Enquiry on enteric fever in India - Number 32
Disease focus: Fever
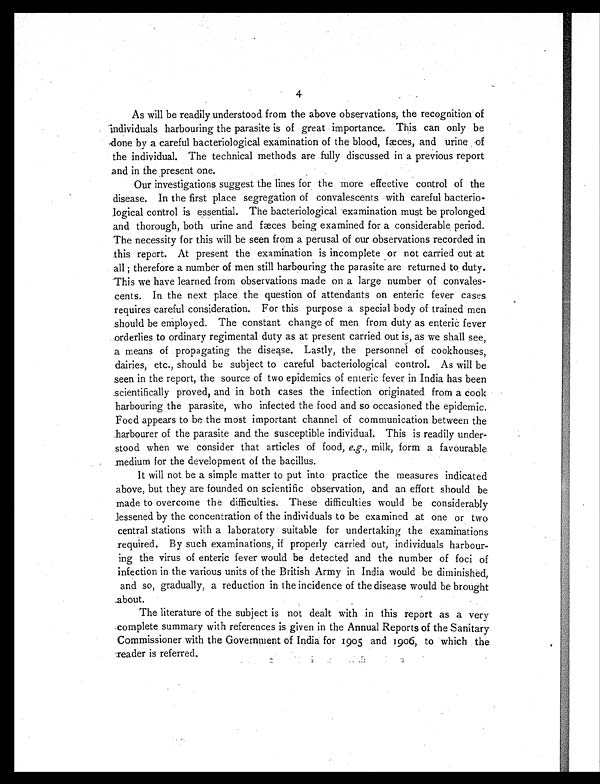
4
As will be readily understood from the above observations, the recognition of
individuals harbouring the parasite is of great importance. This can only be
done by a careful bacteriological examination of the blood, fæces, and urine of
the individual. The technical methods are fully discussed in a previous report
and in the present one.
Our investigations suggest the lines for the more effective control of the
disease. In the first place segregation of convalescents with careful bacterio-
logical control is essential. The bacteriological examination must be prolonged
and thorough, both urine and fæces being examined for a considerable period.
The necessity for this will be seen from a perusal of our observations recorded in
this report. At present the examination is incomplete or not carried out at
all ; therefore a number of men still harbouring the parasite are returned to duty.
This we have learned from observations made on a large number of convales-
cents. In the next place the question of attendants on enteric fever cases
requires careful consideration. For this purpose a special body of trained men
should be employed. The constant change of men from duty as enteric fever
orderlies to ordinary regimental duty as at present carried out is, as we shall see,
a means of propagating the disease. Lastly, the personnel of cookhouses,
dairies, etc., should be subject to careful bacteriological control. As will be
seen in the report, the source of two epidemics of enteric fever in India has been
scientifically proved, and in both cases the infection originated from a cook
harbouring the parasite, who infected the food and so occasioned the epidemic.
Food appears to be the most important channel of communication between the
harbourer of the parasite and the susceptible individual. This is readily under-
stood when we consider that articles of food, e.g., milk, form a favourable
medium for the development of the bacillus.
It will not be a simple matter to put into practice the measures indicated
above, but they are founded on scientific observation, and an effort should be
made to overcome the difficulties. These difficulties would be considerably
lessened by the concentration of the individuals to be examined at one or two
central stations with a laboratory suitable for undertaking the examinations
required. By such examinations, if properly carried out, individuals harbour-
ing the virus of enteric fever would be detected and the number of foci of
infection in the various units of the British Army in India would be diminished,
and so, gradually, a reduction in the incidence of the disease would be brought
about.
The literature of the subject is not dealt with in this report as a very
complete summary with references is given in the Annual Reports of the Sanitary
Commissioner with the Government of India for 1905 and 1906, to which the
reader is referred.